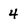
Character: 4